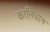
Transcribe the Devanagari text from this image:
कानिधान